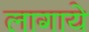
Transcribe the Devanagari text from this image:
लागाये